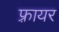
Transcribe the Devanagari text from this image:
फ़्रायर